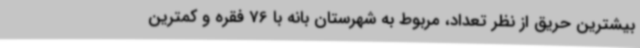
بیشترین حریق از نظر تعداد، مربوط به شهرستان بانه با 76 فقره و کمترین